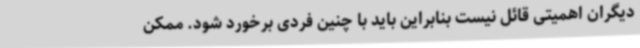
دیگران اهمیتی قائل نیست بنابراین باید با چنین فردی برخورد شود. ممکن